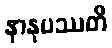
နာနုပဿတိ